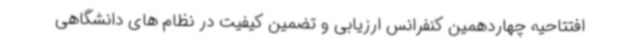
افتتاحیه چهاردهمین کنفرانس ارزیابی و تضمین کیفیت در نظام های دانشگاهی